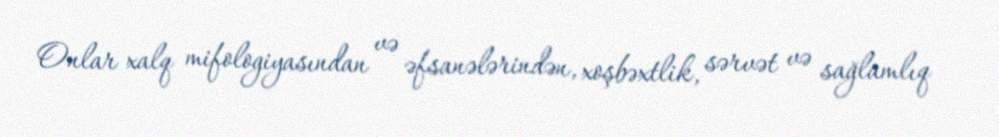
Onlar xalq mifologiyasından və əfsanələrindən, xoşbəxtlik, sərvət və sağlamlıq